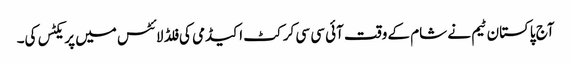
آج پاکستان ٹیم نے شام کے وقت آئی سی سی کرکٹ اکیڈمی کی فلڈ لائٹس میں پریکٹس کی۔